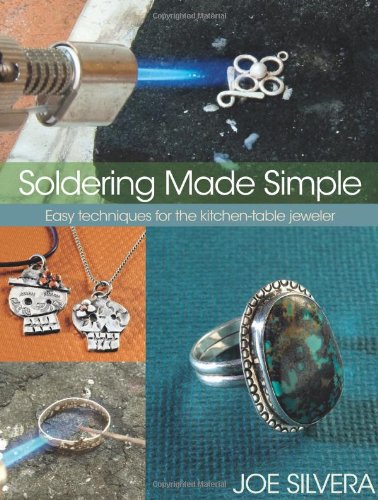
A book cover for Soldering Made Simple: Easy techniques for the kitchen-table jeweler; Joe Silvera; Crafts, Hobbies & Home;